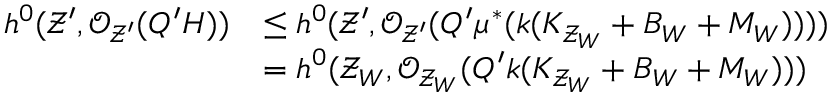
\begin{array} { r l } { h ^ { 0 } ( \mathcal { Z } ^ { \prime } , \mathcal { O } _ { \mathcal { Z } ^ { \prime } } ( Q ^ { \prime } H ) ) } & { \leq h ^ { 0 } ( \mathcal { Z } ^ { \prime } , \mathcal { O } _ { \mathcal { Z } ^ { \prime } } ( Q ^ { \prime } \mu ^ { * } ( k ( K _ { \mathcal { Z } _ { W } } + B _ { W } + M _ { W } ) ) ) ) } \\ & { = h ^ { 0 } ( \mathcal { Z } _ { W } , \mathcal { O } _ { \mathcal { Z } _ { W } } ( Q ^ { \prime } k ( K _ { \mathcal { Z } _ { W } } + B _ { W } + M _ { W } ) ) ) } \end{array}